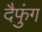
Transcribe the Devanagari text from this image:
दैफुंग